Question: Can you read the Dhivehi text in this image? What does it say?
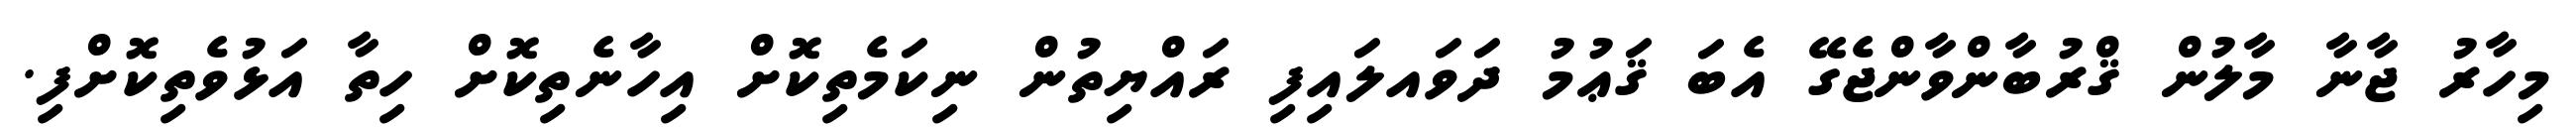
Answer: މިހާރު ޖާނާ މާލުން ޤްރުބާންވާންޖެގޭ އެބަ ޤަޢުމު ދަވައލައިފި ރައްޔިތުން ނިކަމެތިކޮށް އިހާނެތިކޮށް ހިތާ އަޅުވެތިކޮށްފި.